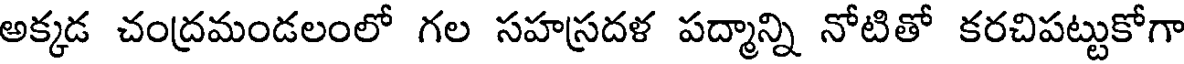
అక్కడ చంద్రమండలంలో గల సహస్రదళ పద్మాన్ని నోటితో కరచిపట్టుకోగా